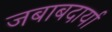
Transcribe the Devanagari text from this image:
जबाबदार्या